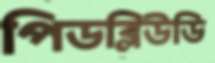
পিডব্লিউডি